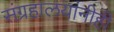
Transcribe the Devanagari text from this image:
संग्रहालयांनीही